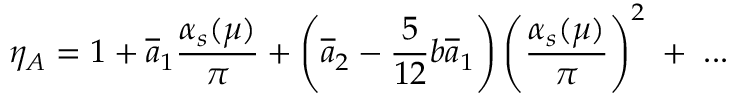
\eta _ { A } = 1 + \overline { { { a } } } _ { 1 } \frac { \alpha _ { s } ( \mu ) } { \pi } + \left( \overline { { { a } } } _ { 2 } - \frac { 5 } { 1 2 } b \overline { { { a } } } _ { 1 } \right) \left( \frac { \alpha _ { s } ( \mu ) } { \pi } \right) ^ { 2 } \; + \; . . . \; \;